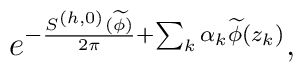
e^{-{S^{(h,0)}(\widetilde \phi)\over 2\pi}+\sum_k\alpha_k\widetilde\phi(z_k)},